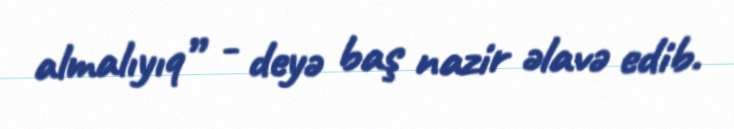
almalıyıq” - deyə baş nazir əlavə edib.